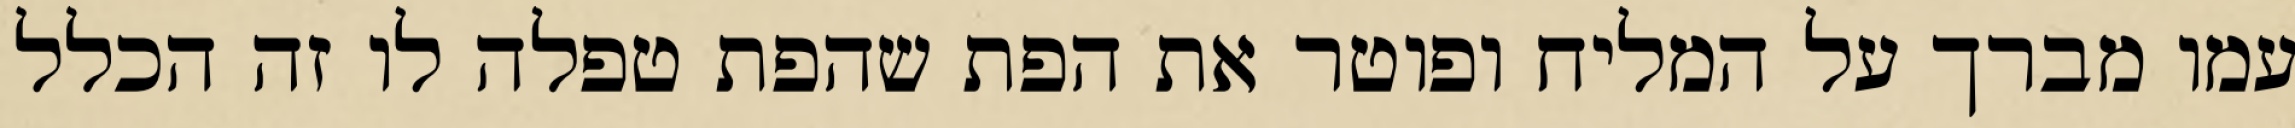
עמו מברך על המליח ופוטר את הפת שהפת טפלה לו זה הכלל